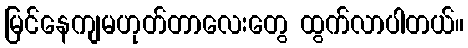
မြင်နေကျမဟုတ်တာလေးတွေ ထွက်လာပါတယ်။